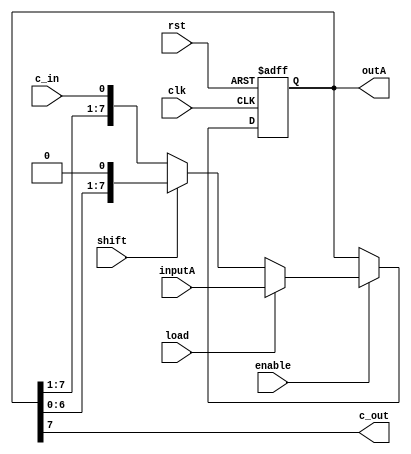
module regA (inputA, c_in, shift, clk, rst, load, enable, outA, c_out);

input [7:0] inputA;
input clk, rst, load, enable, shift;
input c_in;

output [7:0] outA;
output c_out;

reg[7:0] out;
 

assign outA = out;
assign c_out = out[7];

always @(posedge clk or posedge rst)

	if(rst == 1'b1)	
		out <= 8'b0000_0000;
	
	else	if(enable == 1'b1)
		
				if(load == 1'b1) 
					out <= inputA;
					
				else	if( shift == 1'b1)
						out <= out<<1;
				else
							out <= {out[7:1], c_in};
endmodule